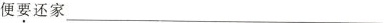
便要还家___